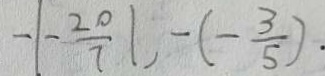
- \vert - \frac { 2 0 } { 7 } \vert , - ( - \frac { 3 } { 5 } ) .